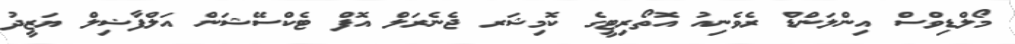
މޯލްޑިވްސް އިންލަންޑް ރެވެނިއު އޮތޯރިޓީގެ ކޮމިޝަރ ޖެނެރަލް އޮފް ޓެކްސޭޝަން އަލްފާޟިލް ޔަޒީދު